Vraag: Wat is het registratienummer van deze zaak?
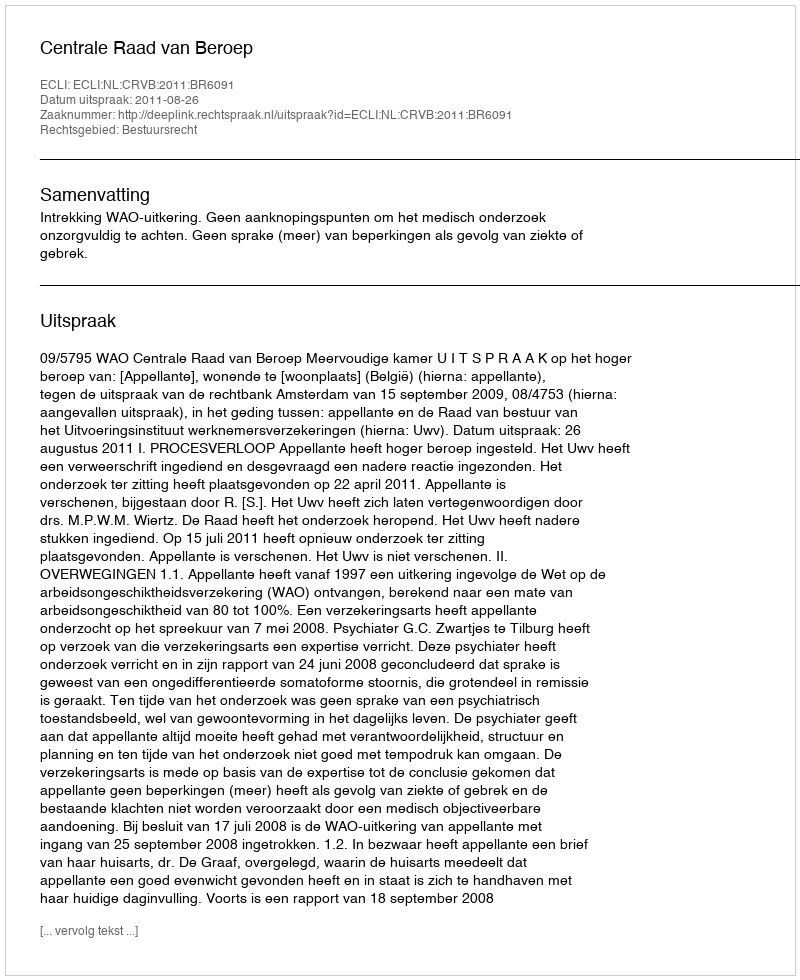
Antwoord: http://deeplink.rechtspraak.nl/uitspraak?id=ECLI:NL:CRVB:2011:BR6091